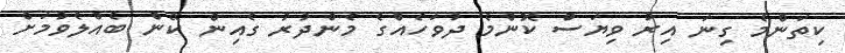
ކިތަންމެ ގިނަ އިރު ވިޔަސް ކޮންމެ ދުވަހެއްގެ މެންދުރު ގެއިން ކޭން ބެއްލެވުމަށް